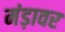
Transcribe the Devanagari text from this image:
मंड़ावर